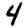
Digit: 4